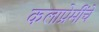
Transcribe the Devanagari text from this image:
कलाप्रेमींचे